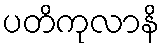
ပတိကုလာနိ